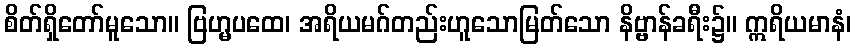
စိတ်ရှိတော်မူသော။ ဗြဟ္မပထေ၊ အရိယမဂ်တည်းဟူသောမြတ်သော နိဗ္ဗာန်ခရီး၌။ ဣရိယမာနံ၊